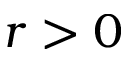
r > 0